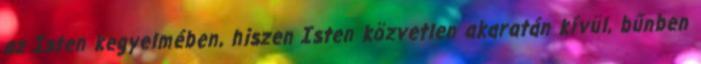
az Isten kegyelmében, hiszen Isten közvetlen akaratán kívül, bűnben